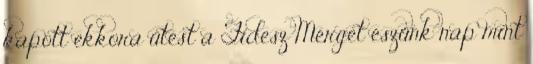
kapott ekkora ütést a Fidesz Mérget eszünk nap mint